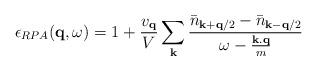
LaTeX: \begin{align*}\epsilon_{RPA}({\bf{q}},\omega) = 1 + \frac{ v_{{\bf{q}}} }{V}\sum_{ {\bf{k}} }\frac{ {\bar{n}}_{ {\bf{k}} + {\bf{q}}/2 } - {\bar{n}}_{ {\bf{k}} - {\bf{q}}/2 } }{\omega - \frac{ {\bf{k.q}} }{m}}\end{align*}